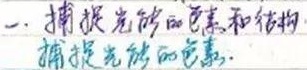
一、捕捉光线的色彩和结构捕捉光线的色彩。